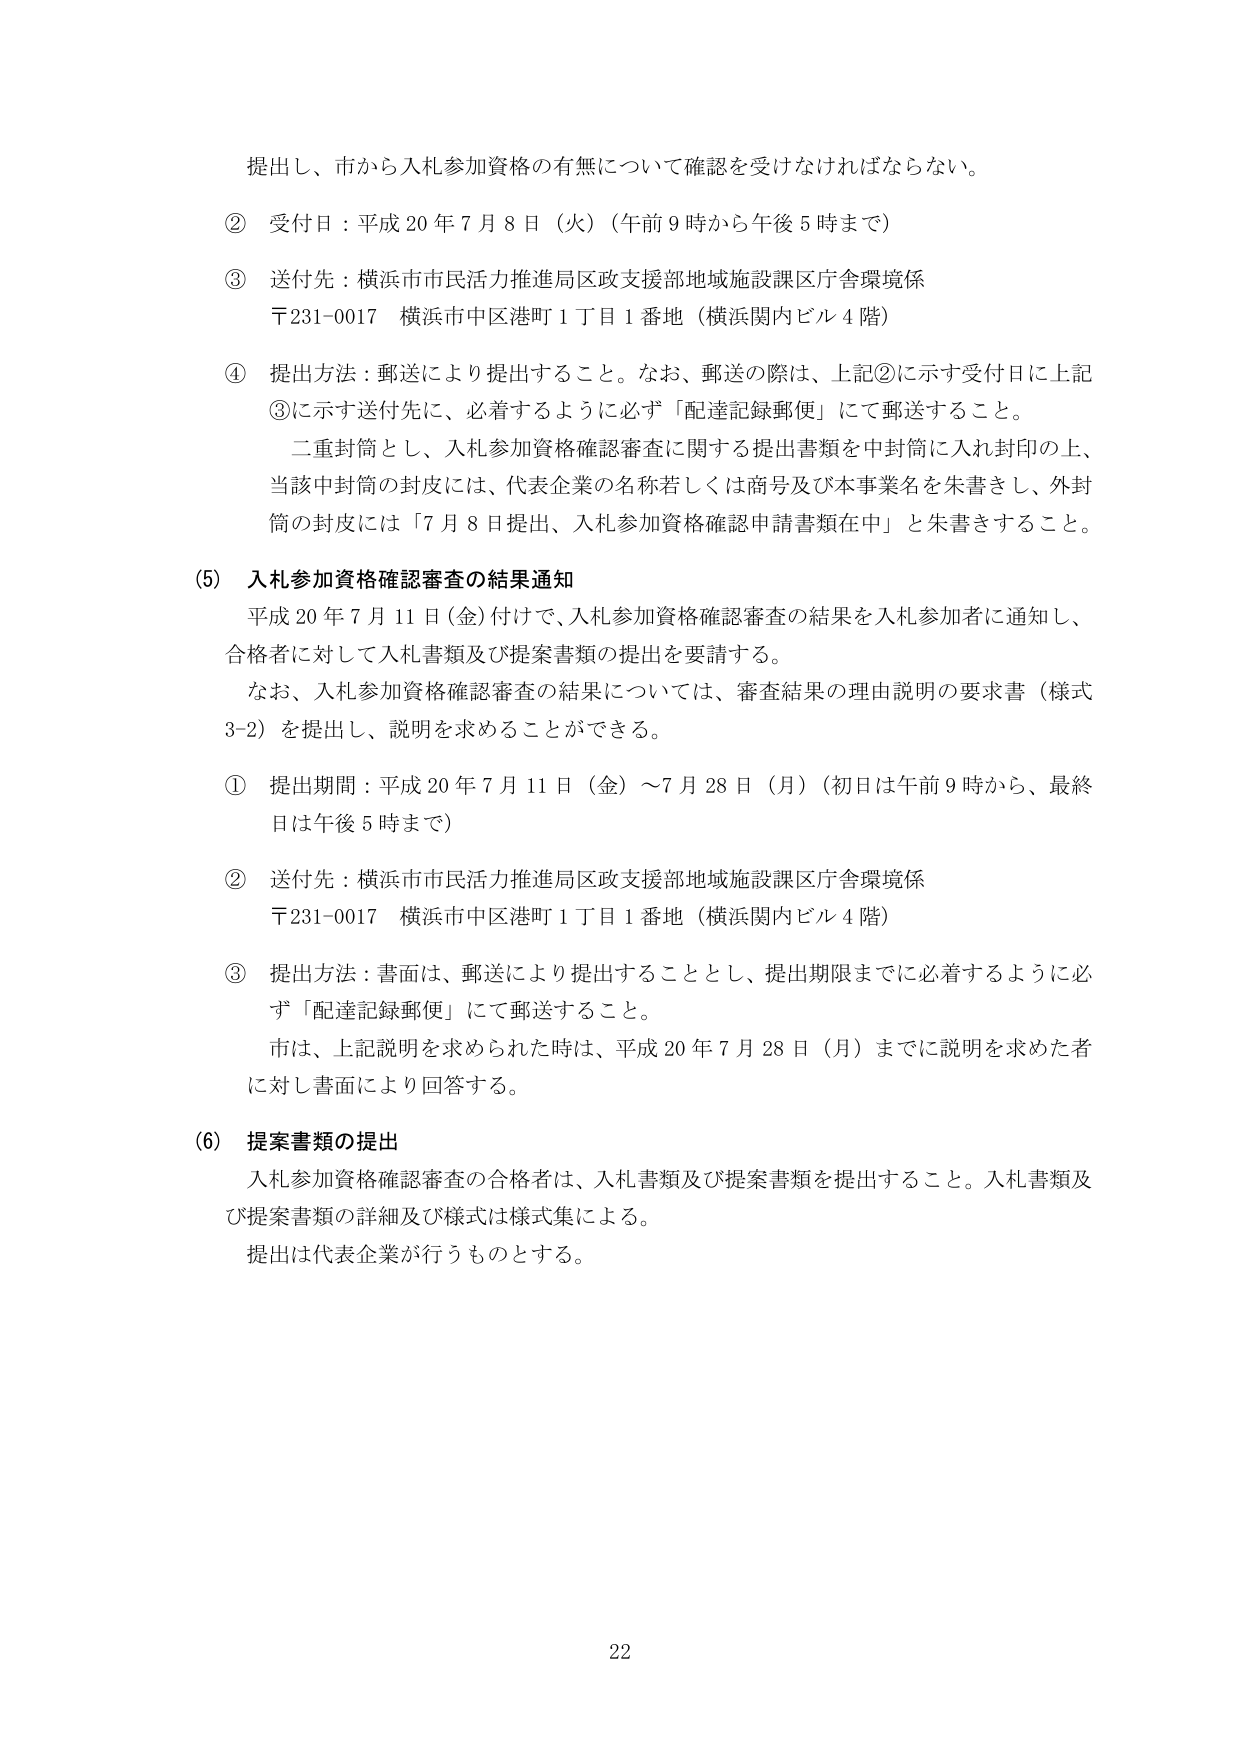
提出し、市から入札参加資格の有無について確認を受けなければならない。

② 受付日：平成20年7月8日（火）（午前9時から午後5時まで）

③ 送付先：横浜市市民活力推進局区政支援部地域施設課区庁舎環境係
〒231-0017 横浜市中区港町1丁目1番地（横浜関内ビル4階）

④ 提出方法：郵送により提出すること。なお、郵送の際は、上記②に示す受付日に上記③に示す送付先に、必着するように必ず「配達記録郵便」にて郵送すること。
二重封筒とし、入札参加資格確認審査に関する提出書類を中封筒に入れ封印の上、当該中封筒の封皮には、代表企業の名称若しくは商号及び本事業名を朱書きし、外封筒の封皮には「7月8日提出、入札参加資格確認申請書類在中」と朱書きすること。

(5) 入札参加資格確認審査の結果通知
平成20年7月11日（金）付けで、入札参加資格確認審査の結果を入札参加者に通知し、合格者に対して入札書類及び提案書類の提出を要請する。
なお、入札参加資格確認審査の結果については、審査結果の理由説明の要求書（様式3-2）を提出し、説明を求めることができる。

① 提出期間：平成20年7月11日（金）～7月28日（月）（初日は午前9時から、最終日は午後5時まで）

② 送付先：横浜市市民活力推進局区政支援部地域施設課区庁舎環境係
〒231-0017 横浜市中区港町1丁目1番地（横浜関内ビル4階）

③ 提出方法：書面は、郵送により提出することとし、提出期限までに必着するように必ず「配達記録郵便」にて郵送すること。
市は、上記説明を求められた時は、平成20年7月28日（月）までに説明を求めた者に対し書面により回答する。

(6) 提案書類の提出
入札参加資格確認審査の合格者は、入札書類及び提案書類を提出すること。入札書類及び提案書類の詳細及び様式は様式集による。
提出は代表企業が行うものとする。

22